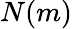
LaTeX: N(m)